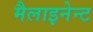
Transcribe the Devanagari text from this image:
मैलाइनेन्ट